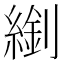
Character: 𦄈